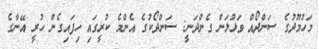
މަހުމޫދުގެ ސަންދޯއް ވަޅުލަން ގެންދަނީ: ސަންދޯކުގެ އެންމެ ކުރީގައި ހިފައިގެން ހުރީ އޭނާގެ